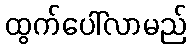
ထွက်ပေါ်လာမည်